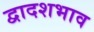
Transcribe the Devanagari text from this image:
द्वादशभाव